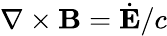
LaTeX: \nabla\times{\mathbf B}=\dot{\mathbf E}/c